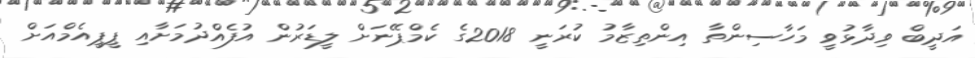
އަދީބް ވިދާޅުވީ މަހާސިންތާ އިންތިޒާމު ކުރަނީ 2018ގެ ކެމްޕޭނަށް ލީޑަރުން އުފެއްދުމަށާއި ޕީޕީއެމްއަށް